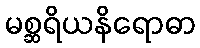
မစ္ဆရိယနိရောဓာ